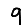
Digit: 9